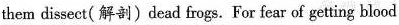
them dissect(解剖)dead frogs. For fear of getting blood